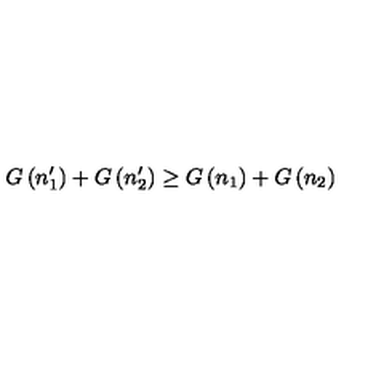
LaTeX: G \left( n _ { 1 } ^ { \prime } \right) + G \left( n _ { 2 } ^ { \prime } \right) \ge G \left( n _ { 1 } \right) + G \left( n _ { 2 } \right)